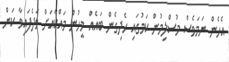
އެހެން ނަމަވެސް މުސްލިމުން ކަމުގައި ހެދިގެން ބައެއް މީހުން މައްކާއަށް ވަދެފައިވާ ކަން